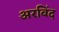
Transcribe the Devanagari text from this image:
अरविंद